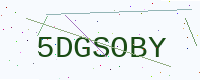
Text: 5DGSOBY